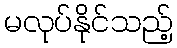
မလုပ်နိုင်သည့်